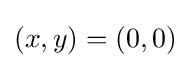
(x,y)=(0,0)